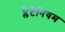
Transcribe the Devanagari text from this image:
प्लेटेनियम